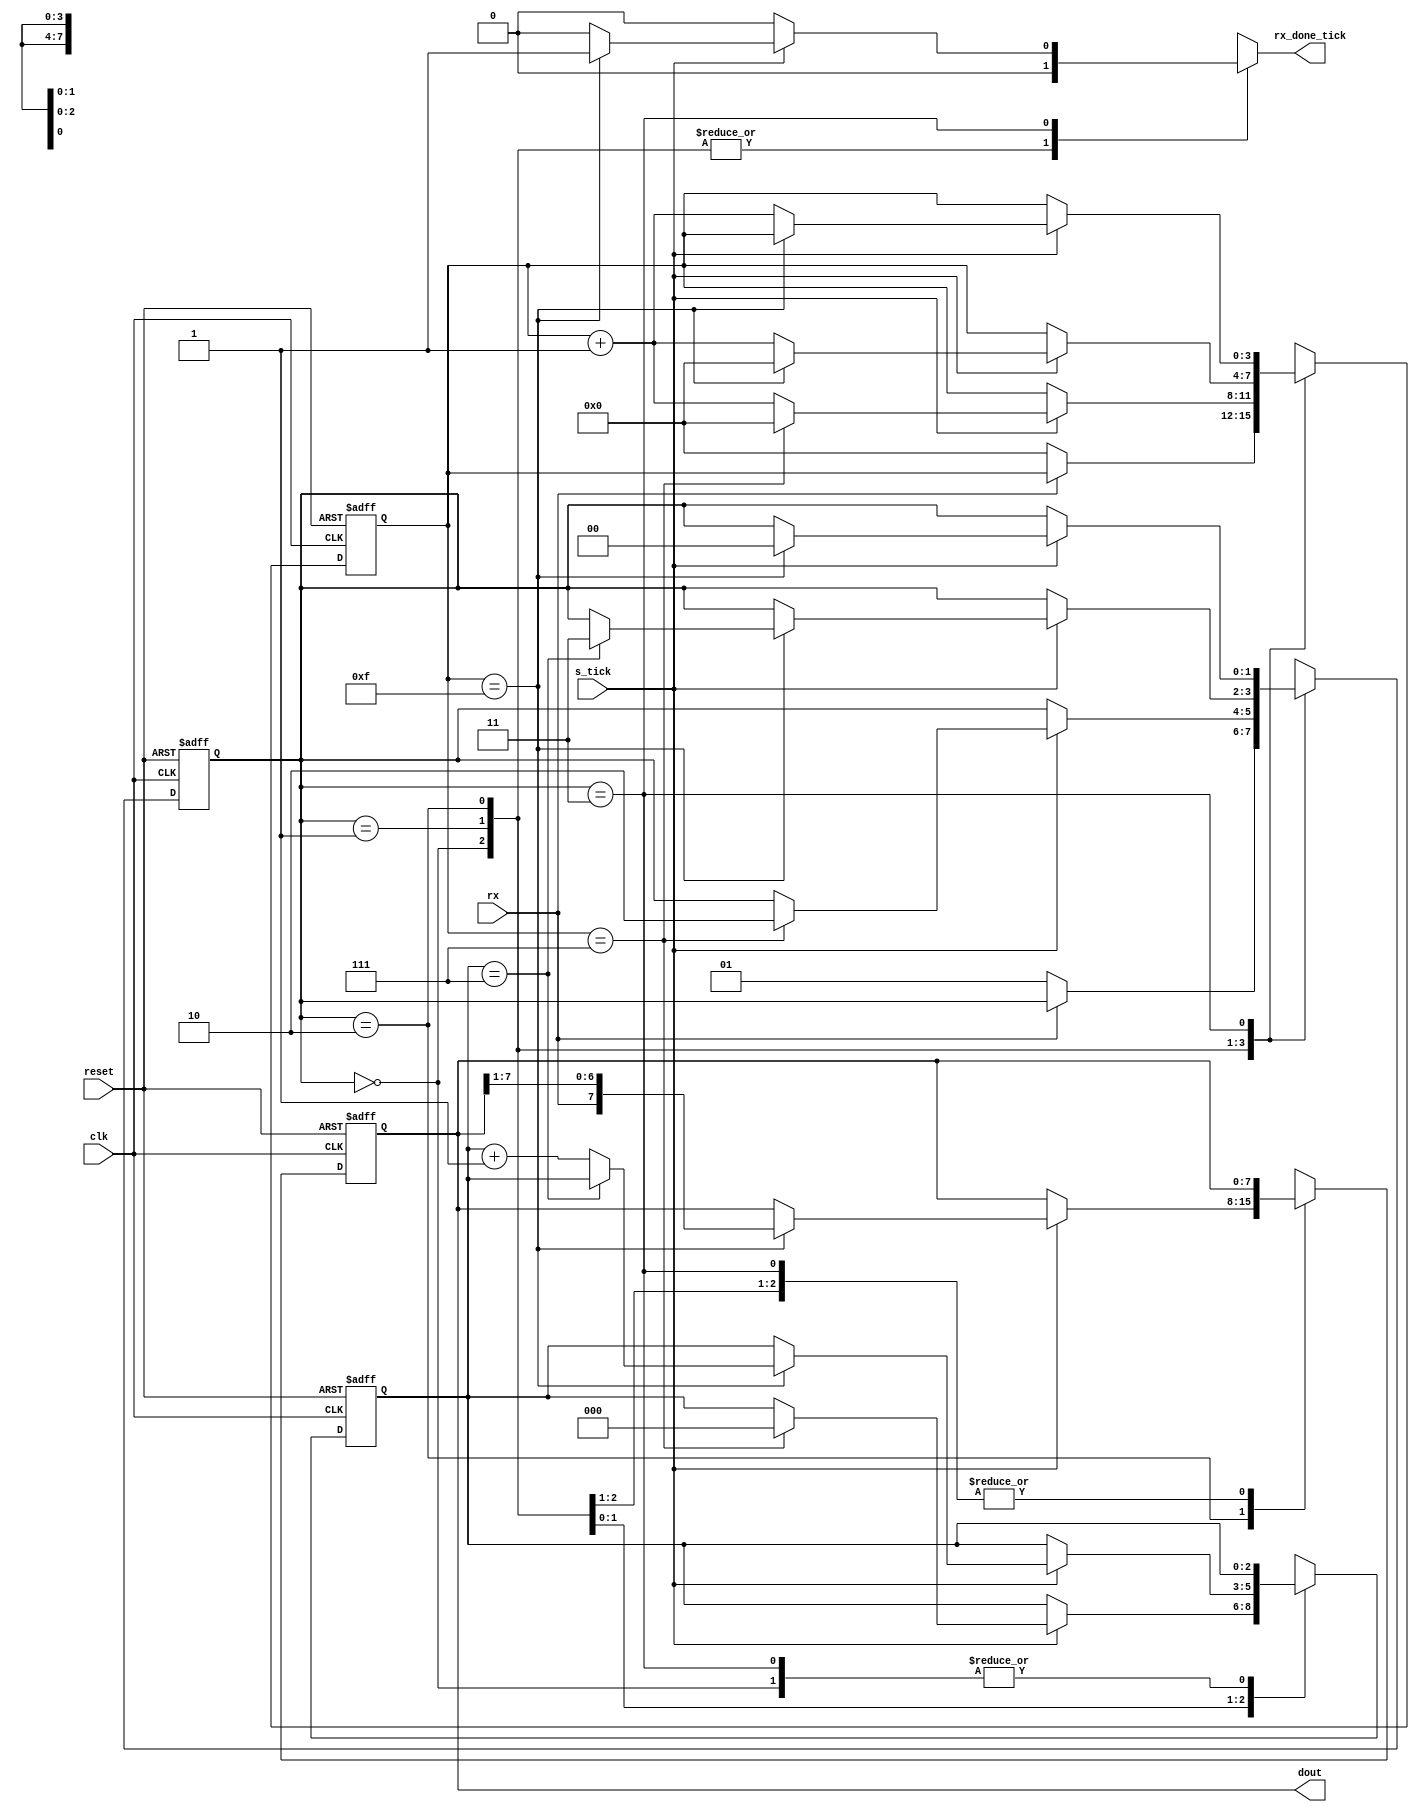
//---------------------------------------------------------------------------
// SharkBoad ExampleModule
// Josnelihurt Rodriguez - Fredy Segura Q.
// josnelihurt@gmail.com
// Top Level Design for the Xilinx Spartan 3-100E Device
//---------------------------------------------------------------------------

/*#
# SharkBoad
# Copyright (C) 2012 Bogot, Colombia
#
# This program is free software: you can redistribute it and/or modify
# it under the terms of the GNU General Public License as published by
# the Free Software Foundation, version 3 of the License.
#
# This program is distributed in the hope that it will be useful,
# but WITHOUT ANY WARRANTY; without even the implied warranty of
# MERCHANTABILITY or FITNESS FOR A PARTICULAR PURPOSE.  See the
# GNU General Public License for more details.
#
# You should have received a copy of the GNU General Public License
# along with this program.  If not, see <http://www.gnu.org/licenses/>.
#*/

/*
  _________.__                  __   __________                       .___
 /   _____/|  |__ _____ _______|  | _\______   \ _________ _______  __| _/
 \_____  \ |  |  \\__  \\_  __ \  |/ /|    |  _//  _ \__  \\_  __ \/ __ | 
 /        \|   Y  \/ __ \|  | \/    < |    |   (  <_> ) __ \|  | \/ /_/ | 
/_______  /|___|  (____  /__|  |__|_ \|______  /\____(____  /__|  \____ | 
        \/      \/     \/           \/       \/           \/           \/ 

*/
// Based on Pong P. Chu - FPGA Prototyping by Verilog Examples
//Listing 8.1
module uart_rx
   #(
     parameter DBIT = 8,     // # data bits
               SB_TICK = 16  // # ticks for stop bits
   )
   (
    input wire clk, reset,
    input wire rx, s_tick,
    output reg rx_done_tick,
    output wire [7:0] dout
   );

   // symbolic state declaration
   localparam [1:0]
      idle  = 2'b00,
      start = 2'b01,
      data  = 2'b10,
      stop  = 2'b11;

   // signal declaration
   reg [1:0] state_reg, state_next;
   reg [3:0] s_reg, s_next;
   reg [2:0] n_reg, n_next;
   reg [7:0] b_reg, b_next;

   // body
   // FSMD state & data registers
   always @(posedge clk, posedge reset)
      if (reset)
         begin
            state_reg <= idle;
            s_reg <= 0;
            n_reg <= 0;
            b_reg <= 0;
         end
      else
         begin
            state_reg <= state_next;
            s_reg <= s_next;
            n_reg <= n_next;
            b_reg <= b_next;
         end

   // FSMD next-state logic
   always @*
   begin
      state_next = state_reg;
      rx_done_tick = 1'b0;
      s_next = s_reg;
      n_next = n_reg;
      b_next = b_reg;
      case (state_reg)
         idle:
            if (~rx)
               begin
                  state_next = start;
                  s_next = 0;
               end
         start:
            if (s_tick)
               if (s_reg==7)
                  begin
                     state_next = data;
                     s_next = 0;
                     n_next = 0;
                  end
               else
                  s_next = s_reg + 1;
         data:
            if (s_tick)
               if (s_reg==15)
                  begin
                     s_next = 0;
                     b_next = {rx, b_reg[7:1]};
                     if (n_reg==(DBIT-1))
                        state_next = stop ;
                      else
                        n_next = n_reg + 1;
                   end
               else
                  s_next = s_reg + 1;
         stop:
            if (s_tick)
               if (s_reg==(SB_TICK-1))
                  begin
                     state_next = idle;
                     rx_done_tick =1'b1;
                  end
               else
                  s_next = s_reg + 1;
      endcase
   end
   // output
   assign dout = b_reg;

endmodule